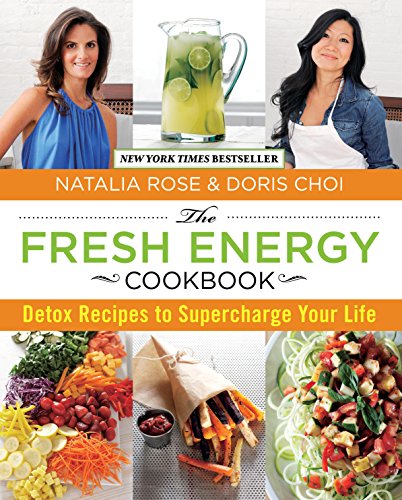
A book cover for Fresh Energy Cookbook: Detox Recipes To Supercharge Your Life; Natalia Rose; Cookbooks, Food & Wine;